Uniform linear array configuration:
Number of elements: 32
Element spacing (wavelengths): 1
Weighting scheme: cosine
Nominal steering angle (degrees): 45
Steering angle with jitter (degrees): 46.912
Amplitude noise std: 0.05
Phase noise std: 0.05

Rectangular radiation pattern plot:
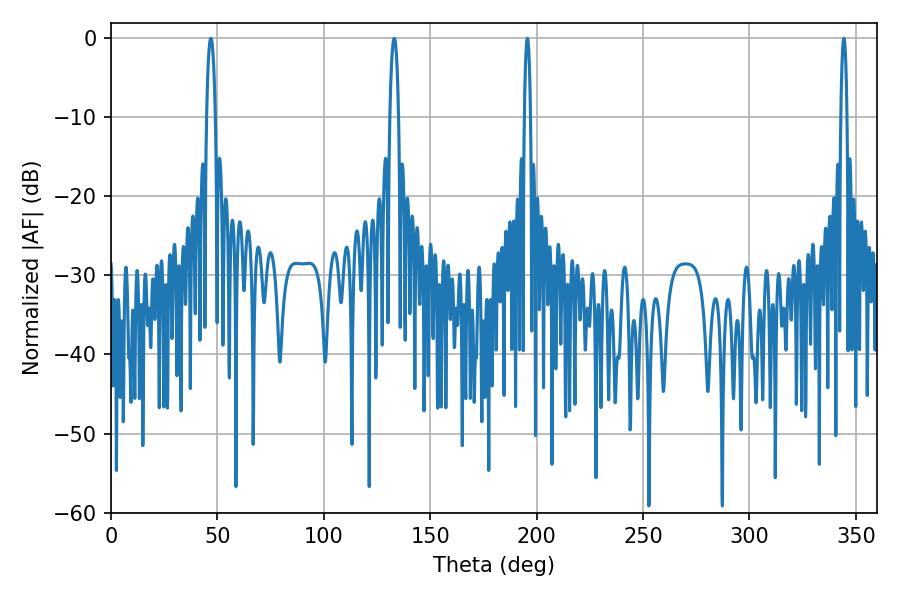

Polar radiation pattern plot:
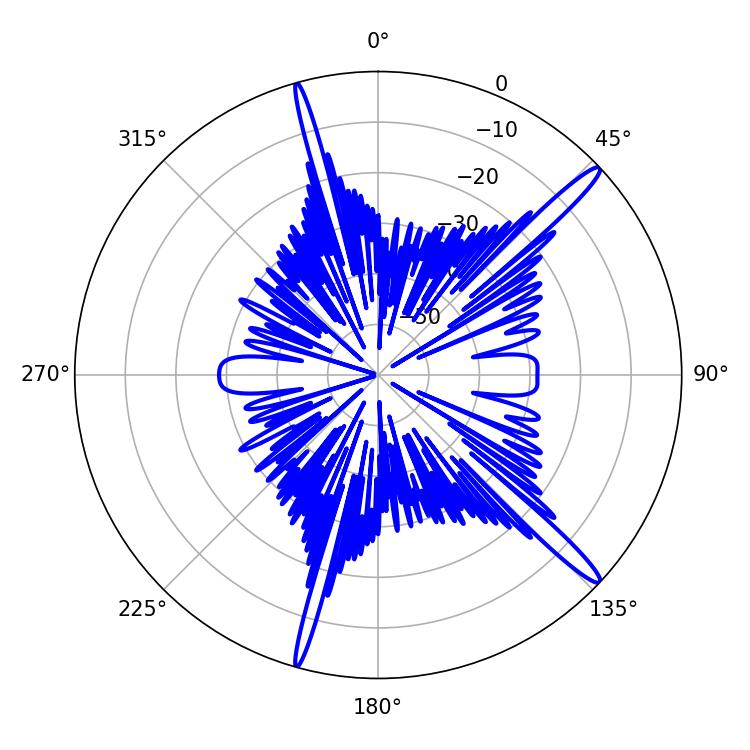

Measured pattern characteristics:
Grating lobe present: TRUE
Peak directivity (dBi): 16.025
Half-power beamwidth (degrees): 1.44
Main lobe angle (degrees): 195.66